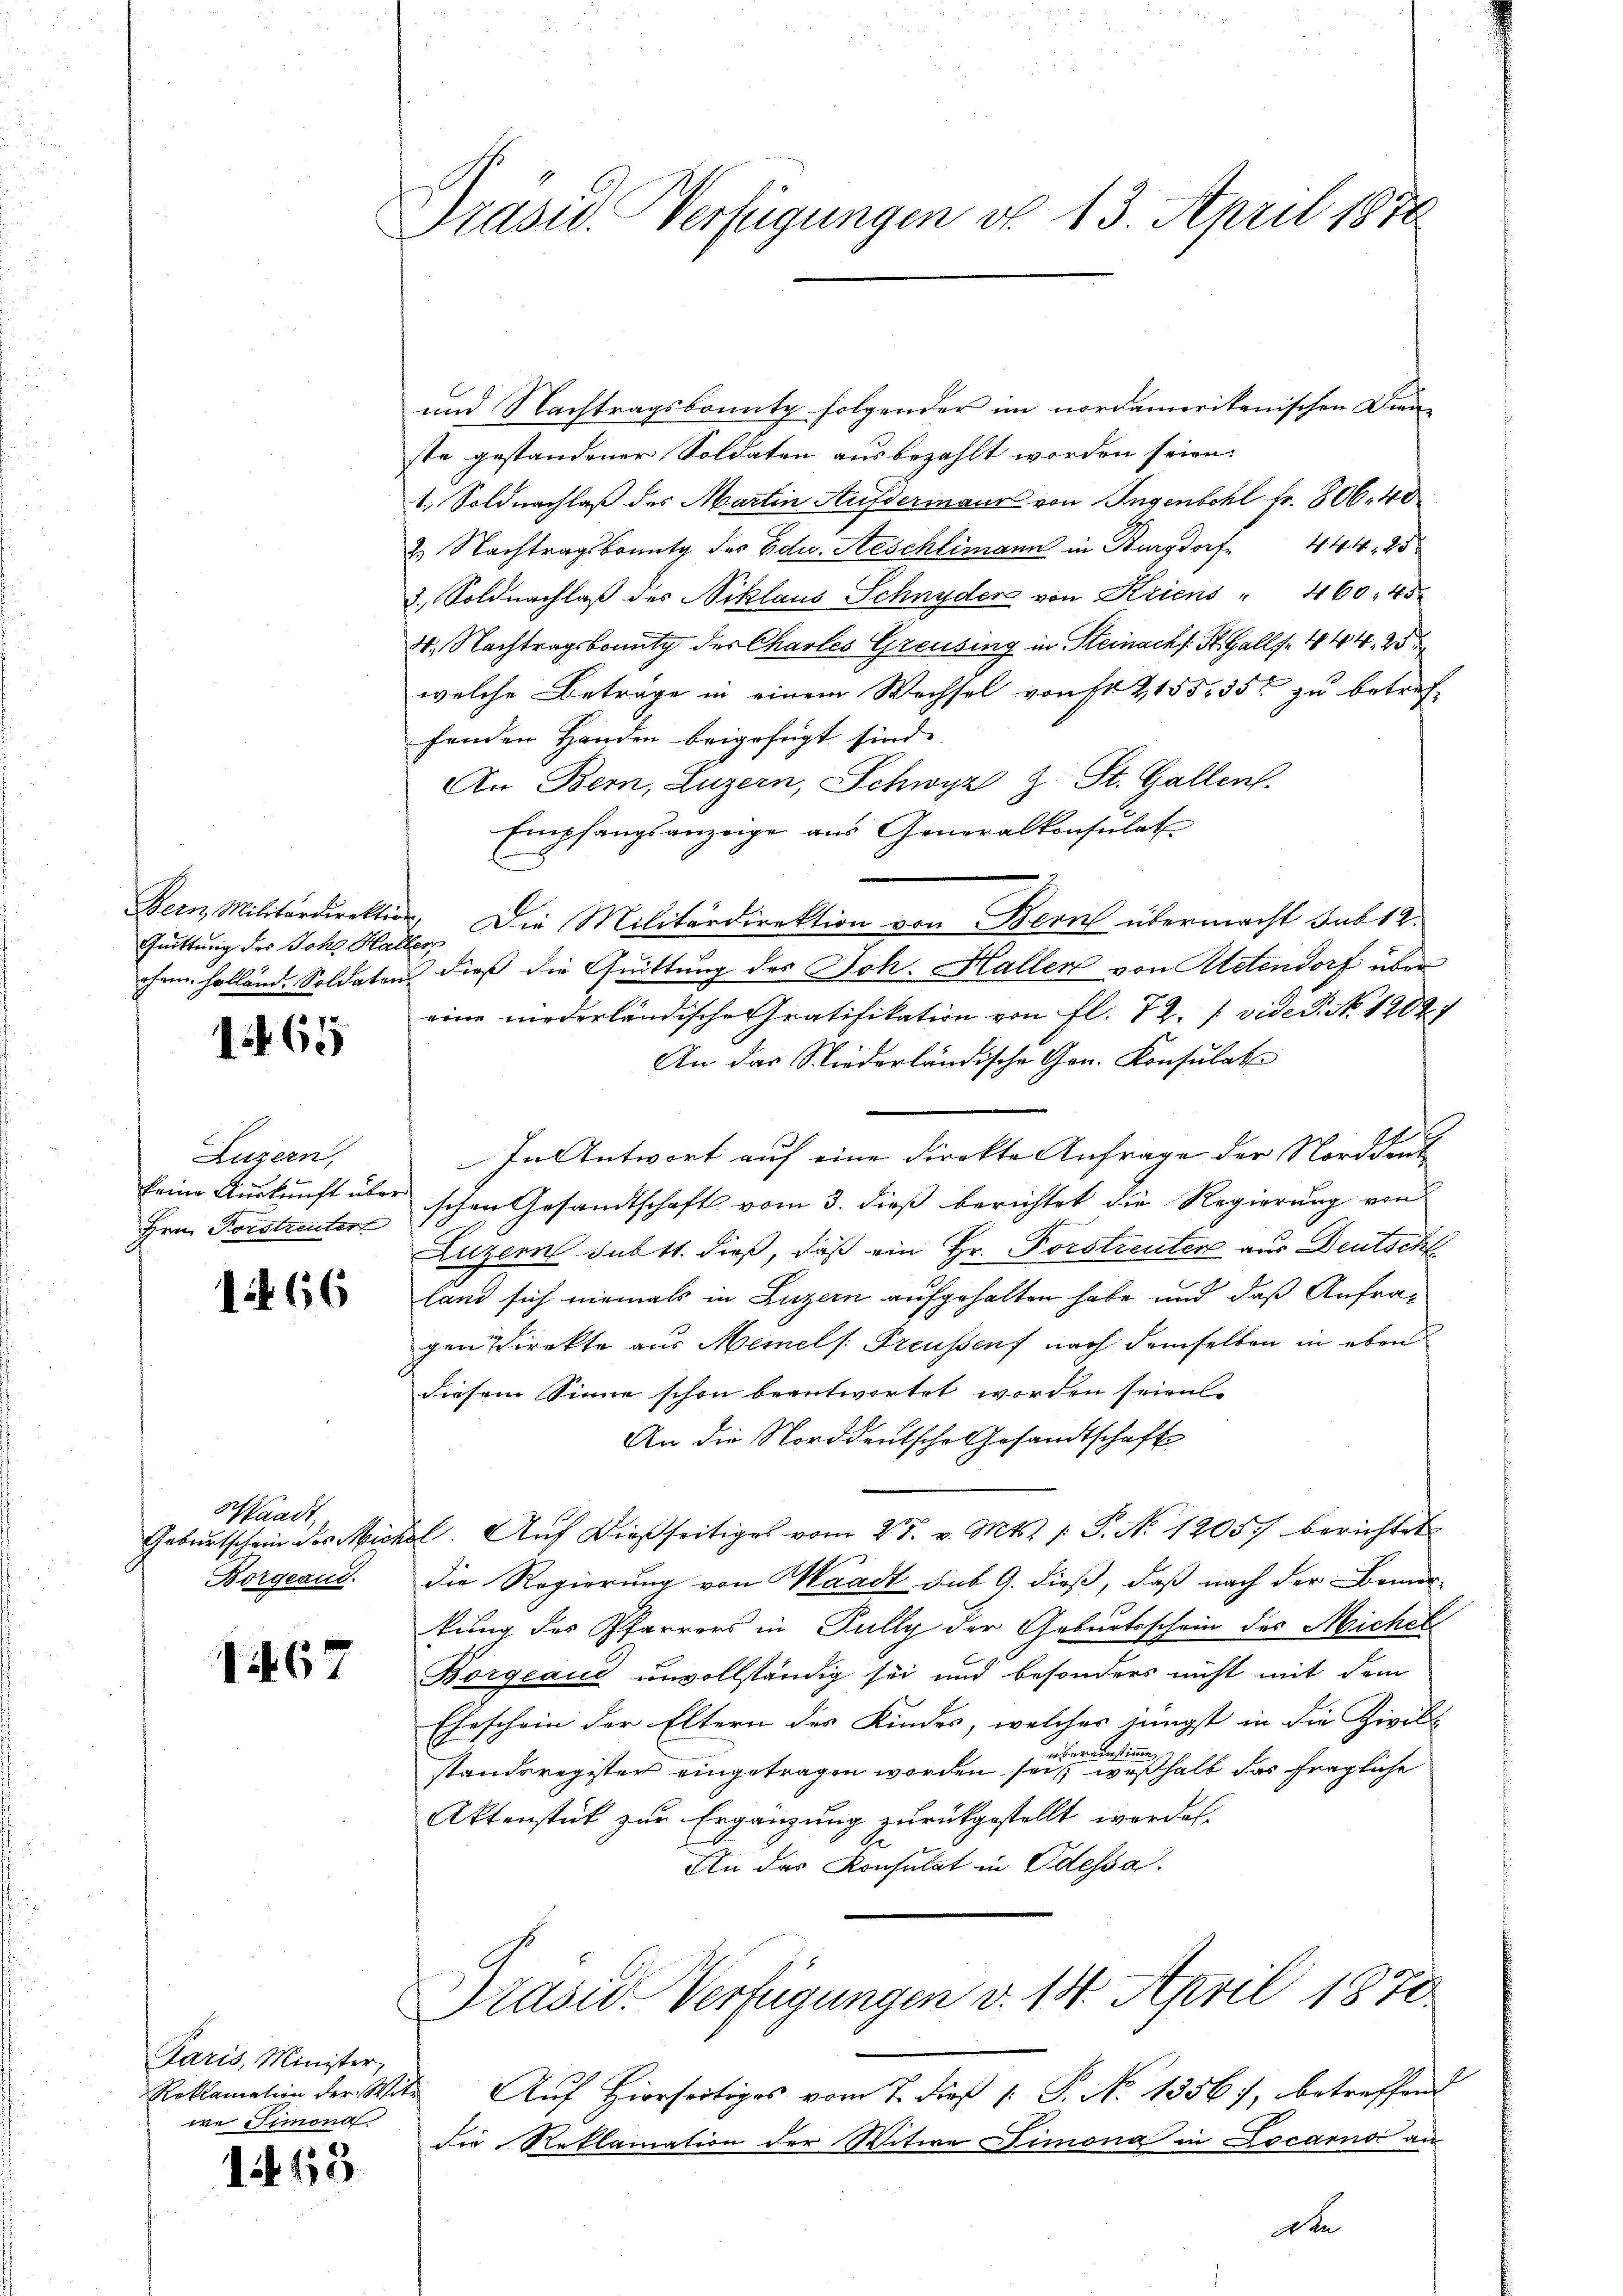
Bern, Militärdirektion,

161

Luzern,
Hrn. Forstreuter

1466

Waadt
Borgeaud.

1467

Paris, Minister
we Simona

143.

Präsid. Verfügungen d. 13. April 1870

und Nachtragsbonnte folgender im nordamerikanischen Dienste gestandener Soldaten ausbezahlt worden seien.
1. Soldnachlaß des Martin Aufdermaur von Ingenbohl Fr. 806. 40
2. Nachtragsbounty der Edu. Aeschlimann in Burgdorf 444, 25
3. Soldnachlaβ des Niklaus Schnyder von Kriens " 460, 45.
4. Nachtragsbonutz des Charles Greusing in Steinach St. Galle 444, 25
welche Beträge in einem Wechsel vonst 215535 zu betreffenden Handen beigefügt sind.
An Bern, Luzern, Schwyz z. St. Gallen.
Empfangsanzeige aus Generalkonsulat
Gŭttŭng des Joh. Hatte. Die Militärdirektion von Bern übermacht sub 12.
chem, holländ. Soldaten dieß die Quittung des Joh. Hallen von Retendorf über
eine niederländische Gratifikation von fl. 72. (vide P. No. 12027
An das Niederländische Hrn. Konsulat
¬
In Antwort auf eine direkte Anfrage der Norddeut
keine Auskunft über schon Gesandtschaft vom 3. dieß berichtet die Regierung von
Luzern subtt. dieß, daß ein Hr. Porstreuter aus Deutscht
land sich niemals in Luzern aufgehalten habe und daß Anfragen Direkte aus Memels. Preußenf nach demselben in eben
diesem Sinne schon beantwortet worden seien.
An die Norddeutsche Gesandtschaft
Gebŭrtschein des Michel. Aŭf dießseitiges vom 27. v. Mts. 1. P. No 12057 berichtet
die Regierung von Waadt sub 9. dieß, daß nach der Bemer-
kung des Pfarrers in Fully der Geburtsschein des Michel
Borgeaus unvollständig sei und besonders nicht mit dem
Eheschein der Eltern des Kindes, welches jüngst in die Zivil-
E
standsregister eingetragen worden seinen eine halb das fragliche
Aktenstück zur Ergänzung zurückgestellt worden.
An das Konsulat in Odessa.
Präsid. Verfügungen v. 14. April 1878
Roklamation der Witt Aŭf Hierseitiges vom 7. dieß 1: P. No 1356), betreffend
die Reklamation der Witwe Limona in Locarno am
den